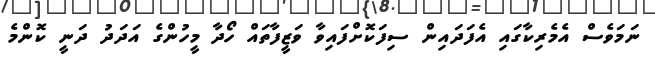
ނަމަވެސް އެމެރިކާގައި އެފަދައިން ސިފަކޮށްފައިވާ ވަޒީފާތައް ހޯދާ މީހުންގެ އަދަދު ދަނީ ކޮންމެ